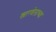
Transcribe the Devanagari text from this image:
खारवेलाच्या